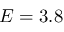
E = 3 . 8